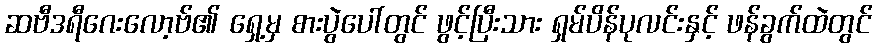
ဆဗီဒရီဂေးလော့ဗ်၏ ရှေ့မှ စားပွဲပေါ်တွင် ဖွင့်ပြီးသား ရှမ်ပိန်ပုလင်းနှင့် ဖန်ခွက်ထဲတွင်